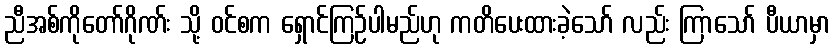
ညီအစ်ကိုတော်ဂိုဏ်း သို့ ဝင်စက ရှောင်ကြဉ်ပါမည်ဟု ကတိပေးထားခဲ့သော် လည်း ကြာသော် ပီယာမှာ